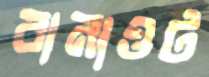
বানাওট